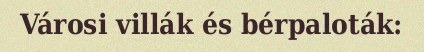
Városi villák és bérpaloták: